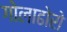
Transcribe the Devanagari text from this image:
गोलाढोरो